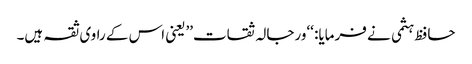
حافظ ہثمی نے فرمایا: ‘‘ورجالہ ثقات’’یعنی اس کے راوی ثقہ ہیں۔